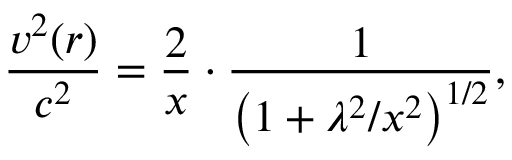
\frac { v ^ { 2 } ( r ) } { c ^ { 2 } } = \frac { 2 } { x } \cdot \frac { 1 } { \left( 1 + \lambda ^ { 2 } / x ^ { 2 } \right) ^ { 1 / 2 } } ,